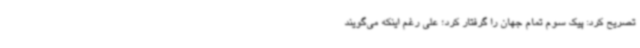
تصریح کرد: پیک سوم تمام جهان را گرفتار کرد؛ علی رغم اینکه می‌گویند